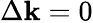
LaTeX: \Delta\mathbf{k}=0